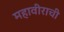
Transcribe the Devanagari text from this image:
महावीराची